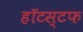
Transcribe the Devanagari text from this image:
हॉटस्टफ